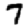
Digit: 7